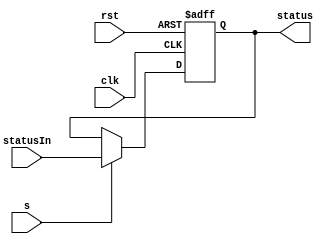
module Status_Reg(
    input clk, rst,
    input s,
    input [3:0] statusIn,

    output reg[3:0] status
);

    always @(negedge clk or posedge rst) begin
        if(rst) begin
            status = 4'b0;
        end 
        else if(s) begin
            status = statusIn;
        end
    end
endmodule